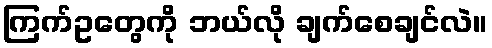
ကြက်ဥတွေကို ဘယ်လို ချက်စေချင်လဲ။